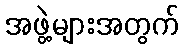
အဖွဲ့များအတွက်